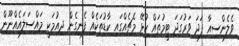
ވެލެންސިއާ ފަދަ ވަރުގަދަ ޓީމުތައް ކުޅޭ މެޗެއްގައި ކާޑުތަކެއް ފެނިގެން ދިއުމަކީ މައްސަލައެއްނޫން